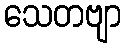
သေတဗျာ